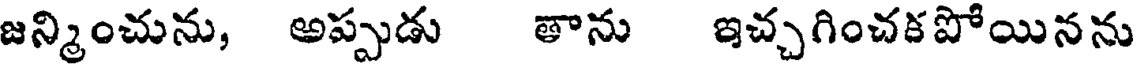
జన్మించును, అప్పుడు తాను ఇచ్చగించకపోయినను